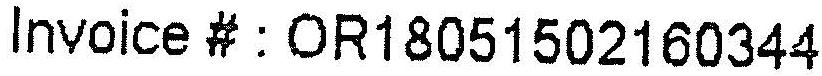
INVOICE # : OR18051502160344